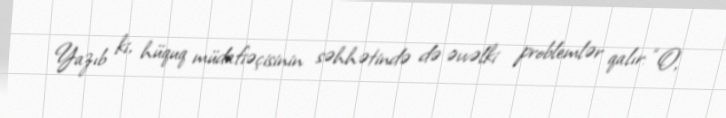
Yazıb ki, hüquq müdafiəçisinin səhhətində də əvvəlki problemlər qalır: “O,